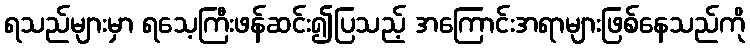
ရသည်များမှာ ရသေ့ကြီးဖန်ဆင်း၍ပြသည့် အကြောင်းအရာများဖြစ်နေသည်ကို